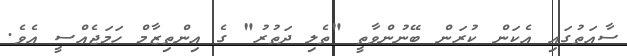
ސާއަތުގައި އެކަން ކުރަން ބޭނުންވާތީ "ތެލި ދަތުރު" ގެ އިންތިޒާމް ހަމަޖެއްސީ އެވެ.